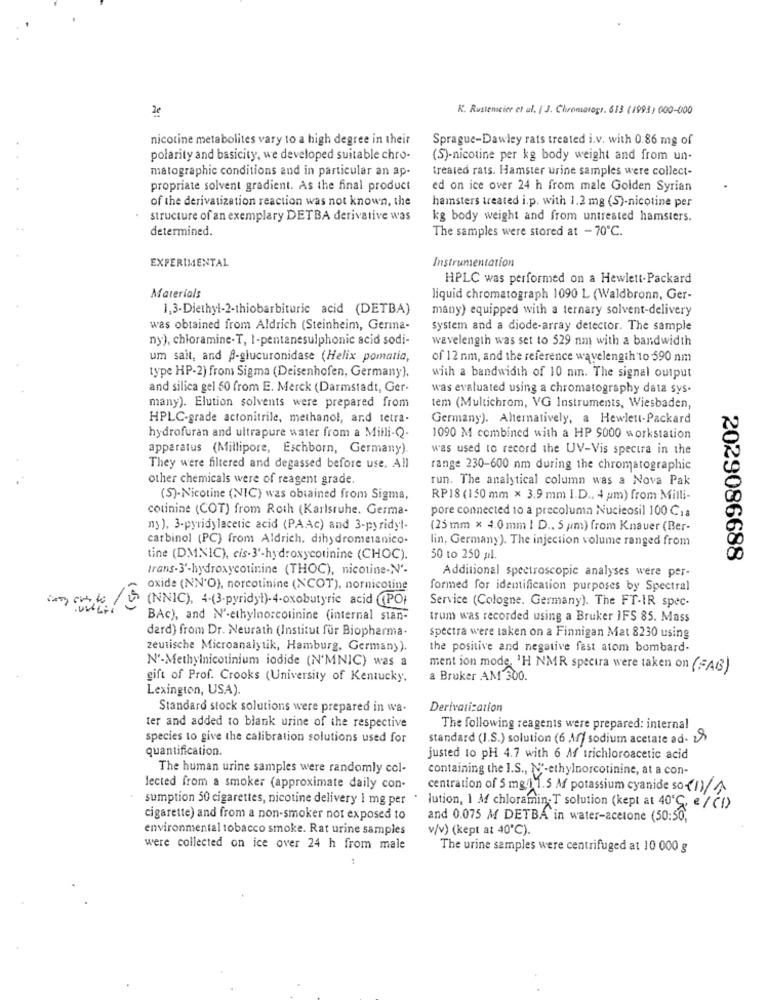
K. Rustenseier et al. | J. Chromarogr. 613 (1993) 000-000
2
nicotine metabolites vary to a high degree in their
Sprague-Dawley rats treated i.v. with 0.86 mg of
polarity and basicity, we developed suitable chro-
(S)-nicotine per kg body weight and from un-
matographic conditions and in particular an ap-
treated rats. Hamster urine samples were collect-
..
propriate solvent gradient. As the final product
ed on ice over 24 h from male Golden Syrian
of the derivatization reaction was not known, the
hamsters treated i.p. with 1.2 mg (S)-nicotine per
structure of an exemplary DETBA derivative was
kg body weight and from untreated hamsters.
determined.
The samples were stored at - 70℃.
EXPERIMENTAL
Instrumentation
HPLC was performed on a Hewlett-Packard
Materials
liquid chromatograph 1090 L (Waldbronn, Ger-
1,3-Diethyl-2-thiobarbituric acid (DETBA)
many) equipped with a ternary solvent-delivery
was obtained from Aldrich (Steinheim, Germa-
system and a diode-array detector. The sample
ny), chloramine-T, I-pentanesulphonic acid sodi-
wavelength was set to 529 nm with a bandwidth
um sait, and A-glucuronidase (Helix pomatia,
of 12 nm, and the reference wavelength 10 590 nm
type HP-2) from Sigma (Deisenhofen, Germany),
with a bandwidth of 10 nin. The signal output
and silica gel 50 from E. Merck (Darmstadt, Ger-
was evaluated using a chromatography data sys.
many). Elution solvents were prepared from
tem (Multichrom, VG Instruments, Wiesbaden,
HPLC-grade actonitrile, methanol, and tetra-
Germany). Alternatively, a Hewlett-Packard
hydrofuran and ultrapure water from a Milli-Q-
1090 M combined with a HP 9000 workstation
apparatus (Millipore, Eschborn, Germany)
was used to record the UV-Vis spectra in the
They were filtered and degassed before use. All
range 230-600 nm during the chromatographic
other chemicals were of reagent grade.
run. The analytical column was a Nova Pak
(S)-Nicotine (NIC) was obtained from Sigma,
RP18 (150 mm × 3.9 mm I.D ., 4 pm) from Milli-
colinine (COT) from Roth (Karlsruhe. Germa-
pore connected to a precolumn Nucieosil 100 C1 a
ny ), 3-pyridylacetic acid (PAAc) and 3-pyridyl-
(25 mm × 4.0mm ! D ., 5 pm) from Knauer (Ber-
carbinol (PC) from Aldrich. dihydrometanico-
lin, Germany). The injection volume ranged from
tine (DMNIC), cis-3'-hydroxycotinine (CHOC).
50 to 250 pl.
2029086688
trans-3'-hydroxycotinine (THOC), nicotine-N'-
Additional spectroscopie analyses were per-
oxide (NN'O), norcotinine (XCOT), nornicotine
formed for identification purposes by Spectral
(NNIC), 4-(3-pyridyl)-4-oxobutyric acid (POI
Service (Cologne. Germany). The FT-IR spec-
BAc), and N'-ethylnorcotinine (internal stan-
trum was recorded using a Bruker IFS 85. Mass
dard) from Dr. Neurath (Institut für Biopharma-
spectra were taken on a Finnigan Mat 8230 using
zeutische Microanalytik, Hamburg, Germany).
the positive and negative fest atom bombard-
N'-Methylnicotinium iodide (N'MNIC) was a
ment ion mode, 'H NMR spectra were taken on (=AG)
gift of Prof. Crooks (University of Kentucky,
a Bruker AM 300.
Lexington, USA).
Standard stock solutions were prepared in wa.
Derivati:ation
ter and added to blank urine of the respective
The following reagents were prepared: internal
species to give the calibration solutions used for
standard (I.S.) solution (6 M/ sodium acetate ad- 2)
quantification.
justed to pH 4.7 with 6 Af trichloroacetic acid
The human urine samples were randomly col-
containing the I.S ., N'-ethylnorcotinine, at a con-
Jected from a smoker (approximate daily con-
centration of 5 mg/1 1.5 M potassium cyanide so-(1)/A
sumption 50 cigarettes, nicotine delivery 1 mg per
.
lution, 1 M chloramin-T solution (kept at 40'℃, e / (!)
cigarette) and from a non-smoker not exposed to
and 0.075 M DETBA in water-acetone (50:50,
environmental tobacco smoke. Rat urine samples
v/v) (kept at 40℃).
were collected on ice over 24 h from male
The urine samples were centrifuged at 10 000 g